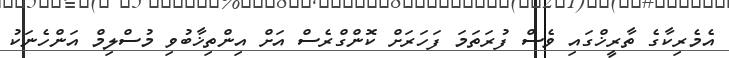
އެމެރިކާގެ ތާރީޚްގައި ވެސް ފުރަތަމަ ފަހަރަށް ކޮންގްރެސް އަށް އިންތިޚާބުވި މުސްލިމް އަންހެނަކު